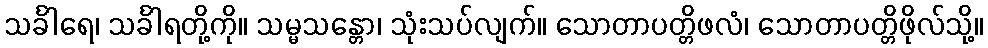
သင်္ခါရေ၊ သင်္ခါရတို့ကို။ သမ္မသန္တော၊ သုံးသပ်လျက်။ သောတာပတ္တိဖလံ၊ သောတာပတ္တိဖိုလ်သို့။